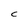
Character: C